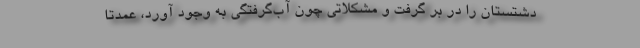
دشتستان را در بر گرفت و مشکلاتی چون آب‌گرفتگی به وجود آورد، عمدتاً